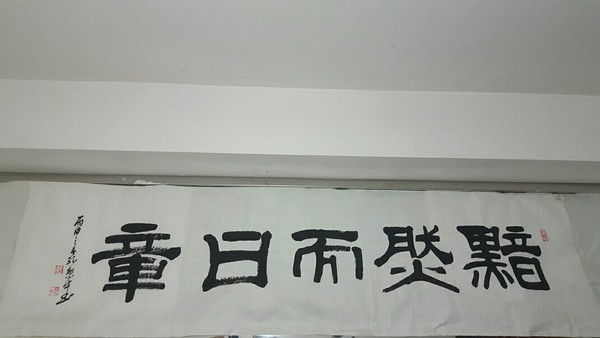
君子之道，闇然而日章小人之道，的然而日亡。